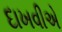
દાખવીએ